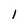
Character: l